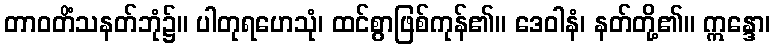
တာဝတိံသနတ်ဘုံ၌။ ပါတုရဟေသုံ၊ ထင်စွာဖြစ်ကုန်၏။ ဒေဝါနံ၊ နတ်တို့၏။ ဣန္ဒော၊